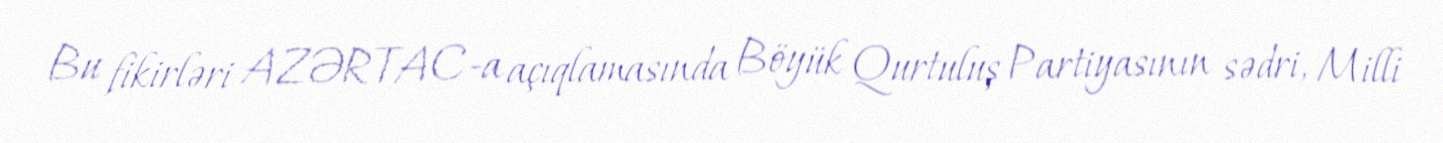
Bu fikirləri AZƏRTAC-a açıqlamasında Böyük Qurtuluş Partiyasının sədri, Milli